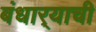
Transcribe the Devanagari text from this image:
बंधार्‍याची